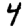
Digit: 4